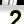
Digit: 2